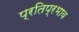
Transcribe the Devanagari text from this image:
प्रतिप्रभाव